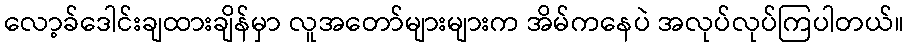
လော့ခ်ဒေါင်းချထားချိန်မှာ လူအတော်များများက အိမ်ကနေပဲ အလုပ်လုပ်ကြပါတယ်။